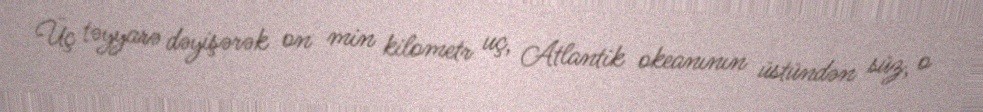
Üç təyyarə dəyişərək on min kilometr uç, Atlantik okeanının üstündən süz, o